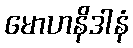
မောဟနိဒါနံ